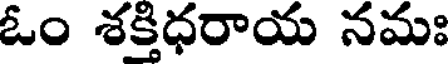
ఓం శక్తిధరాయ నమః